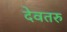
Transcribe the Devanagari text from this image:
देवतरु